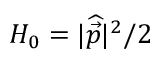
H _ { 0 } = | \widehat { \vec { p } } | ^ { 2 } / 2